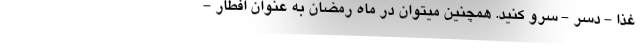
غذا - دسر - سرو کنید. همچنین میتوان در ماه رمضان به عنوان افطار -